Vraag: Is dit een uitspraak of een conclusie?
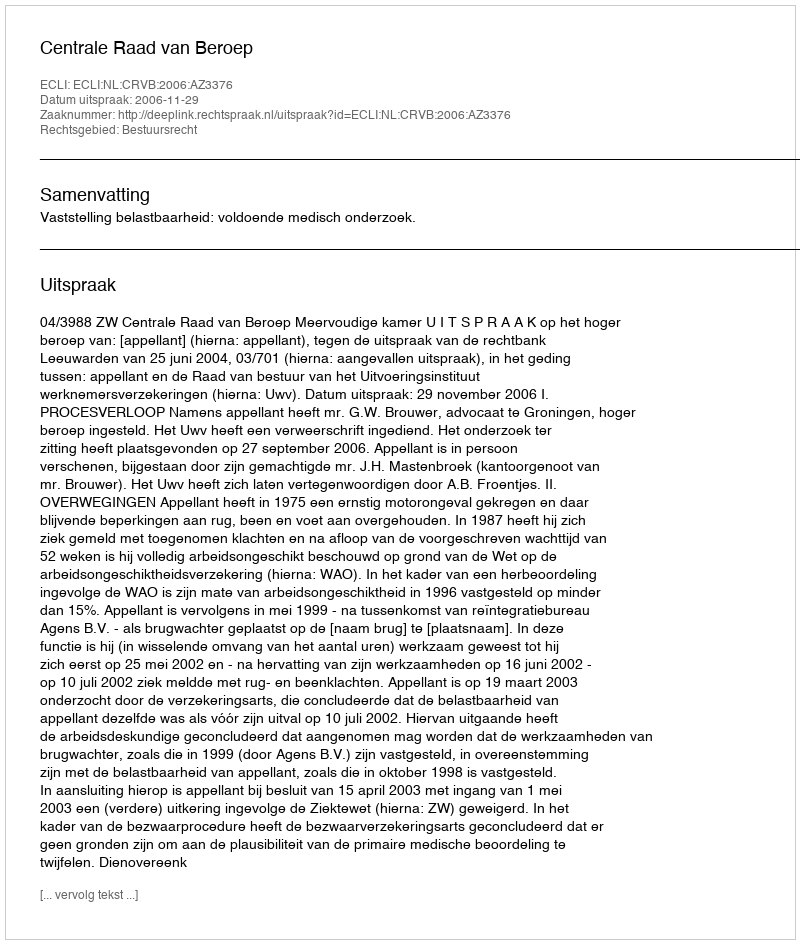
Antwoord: Uitspraak